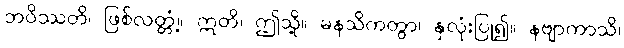
ဘဝိဿတိ၊ ဖြစ်လတ္တံ့။ ဣတိ၊ ဤသို့။ မနသိကတွာ၊ နှလုံးပြု၍။ နဗျာကာသိ၊